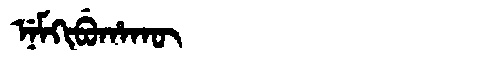
Manchu: ᠨᡝᠮᡴᡳᠪᡠᡥᠠᡴᡡ
Romanization: NEMKIBUHAKŪ